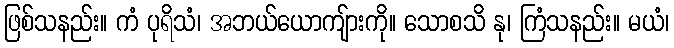
ဖြစ်သနည်း။ ကံ ပုရိသံ၊ အဘယ်ယောကျ်ားကို။ သောစသိ နု၊ ကြံသနည်း။ မယံ၊